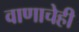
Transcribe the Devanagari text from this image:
वाणाचेही